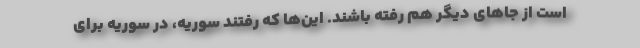
است از جاهای دیگر هم رفته باشند. این‌ها که رفتند سوریه، در سوریه برای